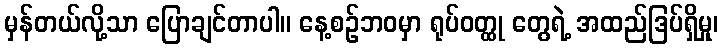
မှန်တယ်လို့သာ ပြောချင်တာပါ။ နေ့စဉ်ဘဝမှာ ရုပ်ဝတ္ထု တွေရဲ့ အထည်ဒြပ်ရှိမှု၊